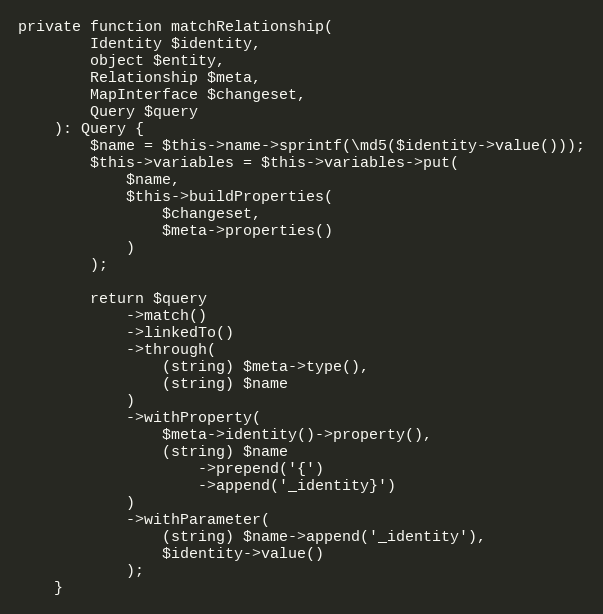
Language: PHP
private function matchRelationship(
        Identity $identity,
        object $entity,
        Relationship $meta,
        MapInterface $changeset,
        Query $query
    ): Query {
        $name = $this->name->sprintf(\md5($identity->value()));
        $this->variables = $this->variables->put(
            $name,
            $this->buildProperties(
                $changeset,
                $meta->properties()
            )
        );

        return $query
            ->match()
            ->linkedTo()
            ->through(
                (string) $meta->type(),
                (string) $name
            )
            ->withProperty(
                $meta->identity()->property(),
                (string) $name
                    ->prepend('{')
                    ->append('_identity}')
            )
            ->withParameter(
                (string) $name->append('_identity'),
                $identity->value()
            );
    }